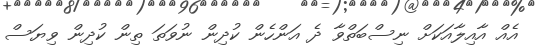
އެއް އާއިލާއަކަށް ނިސްބަތްވާ ދެ އަންހެން ކުދިން ނުވަތަ ތިން ކުދިން ވިޔަސް